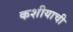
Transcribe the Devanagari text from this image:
कशीयाची